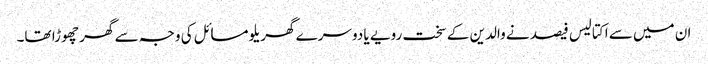
ان میں سے اکتالیس فیصد نے والدین کے سخت رویے یا دوسرے گھریلو مسائل کی وجہ سے گھر چھوڑا تھا۔